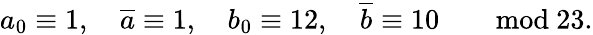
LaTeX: a_{0}\equiv 1,\quad{\overline{{a}}}\equiv 1,\quad b_{0}\equiv 12,\quad{\overline{{b}}}\equiv 10\qquad\mathrm{mod}\ 23.